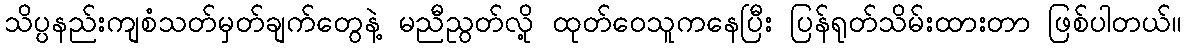
သိပ္ပနည်းကျစံသတ်မှတ်ချက်တွေနဲ့ မညီညွတ်လို့ ထုတ်ဝေသူကနေပြီး ပြန်ရုတ်သိမ်းထားတာ ဖြစ်ပါတယ်။